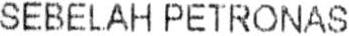
SEBELAH PETRONAS